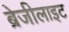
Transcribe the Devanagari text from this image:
ब्रेजीलाइट